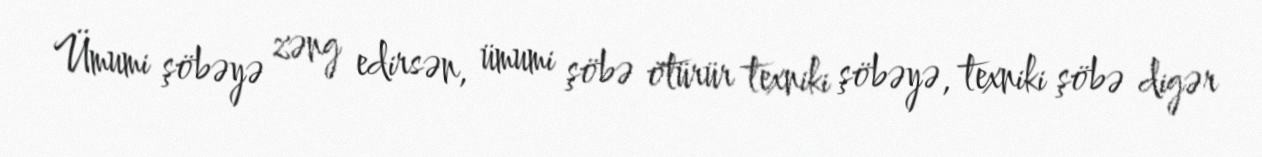
Ümumi şöbəyə zəng edirsən, ümumi şöbə ötürür texniki şöbəyə, texniki şöbə digər